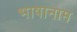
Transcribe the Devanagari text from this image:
भाषानाम